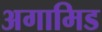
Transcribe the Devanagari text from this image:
अगामिड